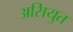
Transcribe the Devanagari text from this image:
असियुत